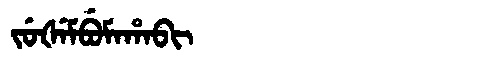
Manchu: ᠵᡠᡧᡝᠮᠪᡠᠮᠠᡥᠠᠪᡳ
Romanization: JUŠEMBUMAHABI